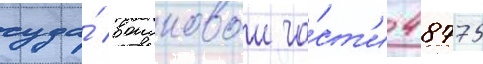
суда́ воисковои ча́ст'и 48775